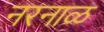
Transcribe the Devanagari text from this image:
नरनाळ